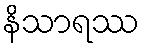
နိသာရဿ